Problem: 12 × 8 = ?
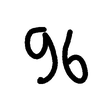
Handwritten answer: 96